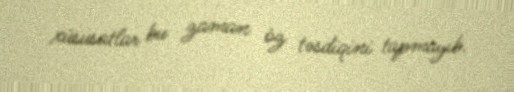
xüsusatlar bu zaman öz təsdiqini tapmayıb.